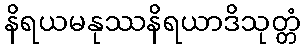
နိရယမနုဿနိရယာဒိသုတ္တံ